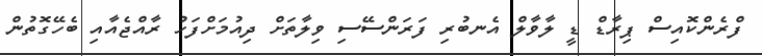
ފްރެންކޮއިސް ޕިރާޑް ޑީ ލާވާލް އެނބުރި ފަރަންސޭސި ވިލާތަށް ދިއުމަށްފަހު ރާއްޖެއާއި ބެހޭގޮތުން